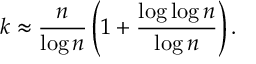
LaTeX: k \approx \frac { n } { \log n } \left( 1 + \frac { \log \log n } { \log n } \right) .